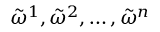
{ \tilde { \omega } } ^ { 1 } , { \tilde { \omega } } ^ { 2 } , \dots , { \tilde { \omega } } ^ { n }